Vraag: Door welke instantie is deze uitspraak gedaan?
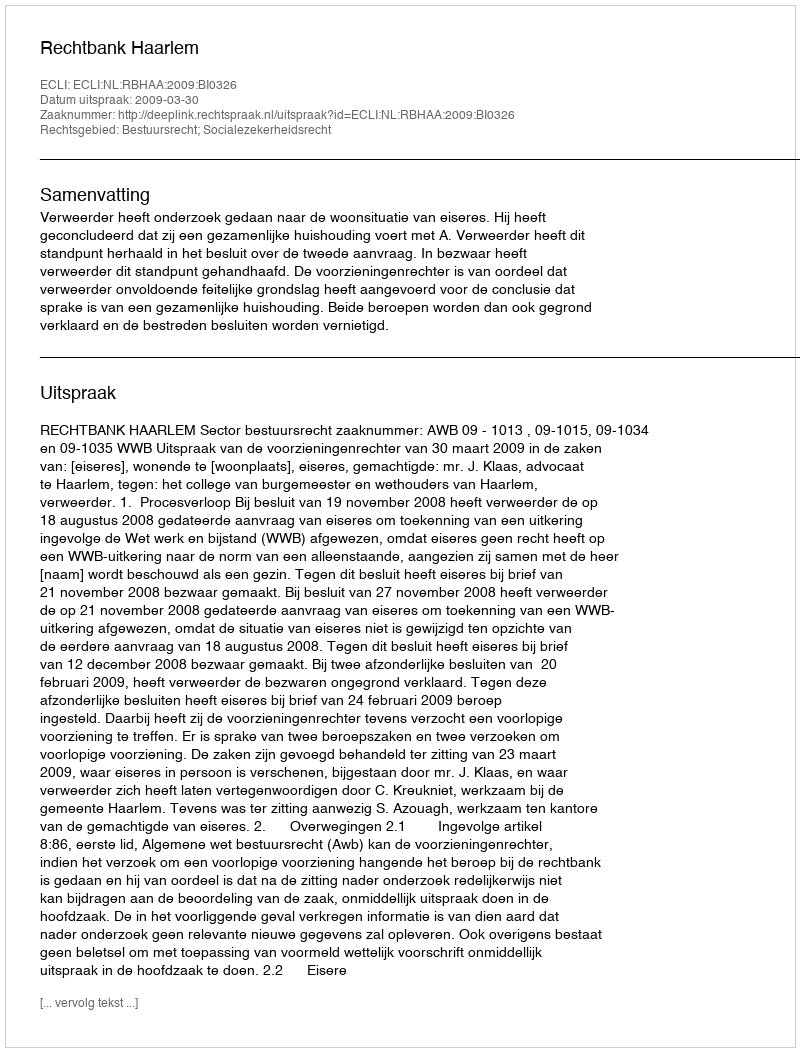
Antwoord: Rechtbank Haarlem